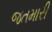
જતમારી